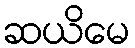
ဆယိမေ